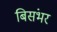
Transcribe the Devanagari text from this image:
बिसंभर